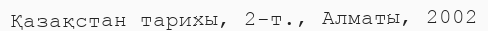
Қазақстан тарихы, 2-т., Алматы, 2002